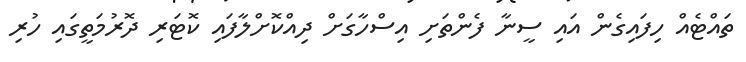
ތައްޓެއް ހިފައިގެން އައި ސީނާ ފެންތަށި އިސްހާގަށް ދިއްކޮށްލާފައި ކޮޓަރި ދޮރުމަތީގައި ހުރި